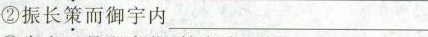
②振长\underset{·}{策}而御宇内___